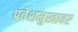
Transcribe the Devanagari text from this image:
प्रवेशमुखावर